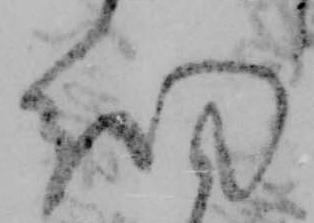
細